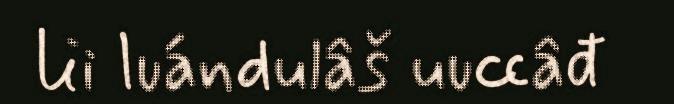
lii luándulâš uuccâđ